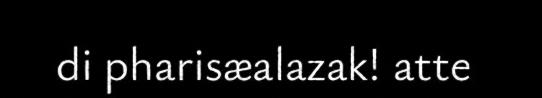
di pharisæalazak! atte